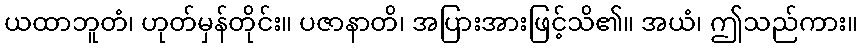
ယထာဘူတံ၊ ဟုတ်မှန်တိုင်း။ ပဇာနာတိ၊ အပြားအားဖြင့်သိ၏။ အယံ၊ ဤသည်ကား။